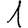
Digit: 1